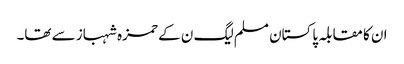
ان کا مقابلہ پاکستان مسلم لیگ ن کے حمزہ شہباز سے تھا۔